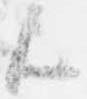
歟